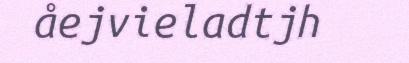
åejvieladtjh